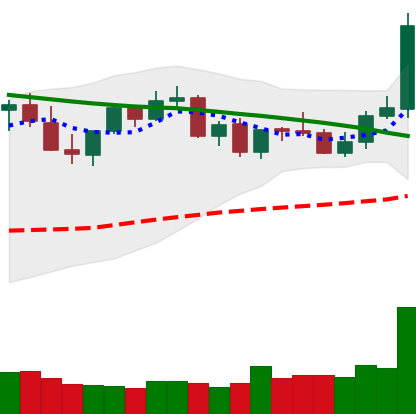
Ticker: LTC-USD
Chart end date: 2021-09-03
Forward return: -15.609%
Label: down_7plus